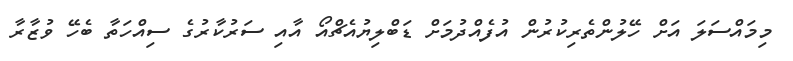
މިމައްސަލަ އަށް ހޭލުންތެރިކުރުން އުފެއްދުމަށް ޑަބްލިޔުއެޗްއޯ އާއި ސަރުކާރުގެ ސިއްހަތާ ބެހޭ ވުޒާރާ